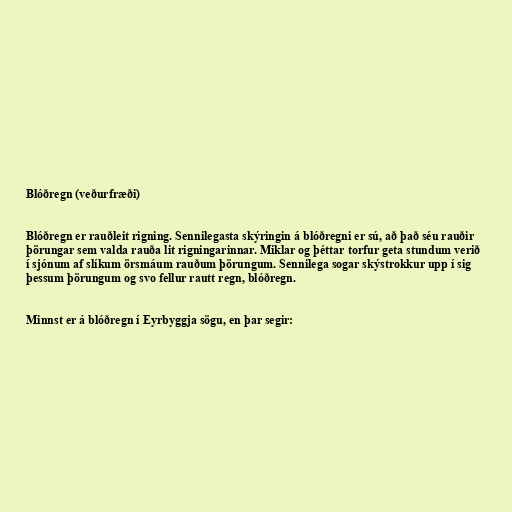
Blóðregn (veðurfræði)

Blóðregn er rauðleit rigning. Sennilegasta skýringin á blóðregni er sú, að það séu rauðir
þörungar sem valda rauða lit rigningarinnar. Miklar og þéttar torfur geta stundum verið
í sjónum af slíkum örsmáum rauðum þörungum. Sennilega sogar skýstrokkur upp í sig
þessum þörungum og svo fellur rautt regn, blóðregn.

Minnst er á blóðregn í Eyrbyggja sögu, en þar segir: